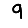
Digit: 9